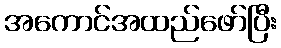
အကောင်အထည်ဖော်ပြီး